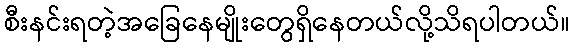
စီးနင်းရတဲ့အခြေနေမျိုးတွေရှိနေတယ်လို့သိရပါတယ်။